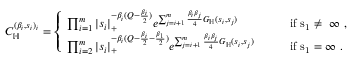
C _ { \mathbb H } ^ { ( \beta _ { i } , s _ { i } ) _ { i } } = \left\{ \begin{array} { l l } { \prod _ { i = 1 } ^ { m } | s _ { i } | _ { + } ^ { - \beta _ { i } ( Q - \frac { \beta _ { i } } { 2 } ) } e ^ { \sum _ { j = i + 1 } ^ { m } \frac { \beta _ { i } \beta _ { j } } { 4 } G _ { \mathbb H } ( s _ { i } , s _ { j } ) } } & { \qquad \mathrm { i f ~ s _ 1 \neq ~ \infty ~ , } } \\ { \prod _ { i = 2 } ^ { m } | s _ { i } | _ { + } ^ { - \beta _ { i } ( Q - \frac { \beta _ { i } } { 2 } - \frac { \beta _ { 1 } } { 2 } ) } e ^ { \sum _ { j = i + 1 } ^ { m } \frac { \beta _ { i } \beta _ { j } } { 4 } G _ { \mathbb H } ( s _ { i } , s _ { j } ) } } & { \qquad \mathrm { i f ~ s _ 1 = \infty ~ . } } \end{array} \right.